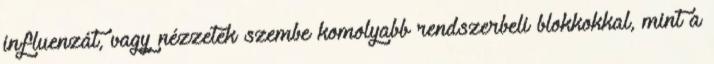
influenzát, vagy nézzetek szembe komolyabb rendszerbeli blokkokkal, mint a